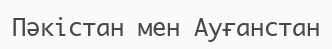
Пәкістан мен Ауғанстан